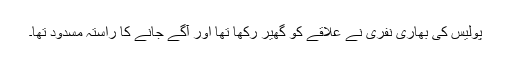
پولیس کی بھاری نفری نے علاقے کو گھیر رکھا تھا اور آگے جانے کا راستہ مسدود تھا۔